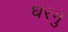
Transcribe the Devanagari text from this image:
धरमु